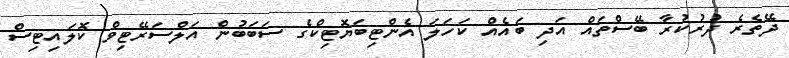
ދޭތެރެ ދުރުކުރާ ބޭސްތައް އަދި ބައެއް ކަހަލަ އެންޓިބަޔޮޓިކްގެ ސަބަބުން އަލްސަރޭޓިވް ކޮލައިޓިސް